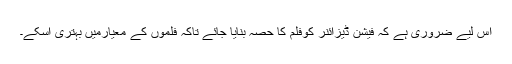
اس لیے ضروری ہے کہ فیشن ڈیزائنر کوفلم کا حصہ بنایا جائے تاکہ فلموں کے معیارمیں بہتری آسکے۔